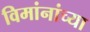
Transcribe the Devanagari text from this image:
विमांनांच्या